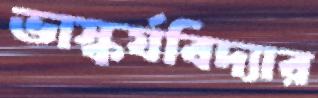
ভাস্কর্যবিদ্যার